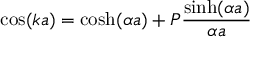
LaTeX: \cos ( k a ) = \cosh ( \alpha a ) + P { \frac { \sinh ( \alpha a ) } { \alpha a } }